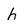
Character: h